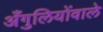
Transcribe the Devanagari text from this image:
अँगुलियोंवाले